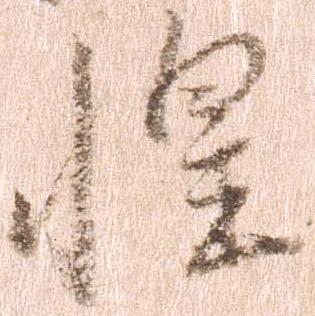
惶